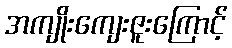
အကျိုးကျေးဇူးကြောင့်